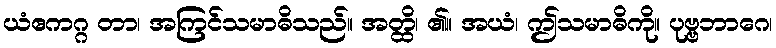
ယံဧကဂ္ဂ တာ၊ အကြင်သမာဓိသည်။ အတ္ထိ၊ ၏။ အယံ၊ ဤသမာဓိကို။ ပုဗ္ဗဘာဂေ၊